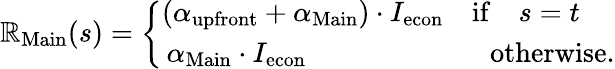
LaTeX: \mathbb{R}_{\mathrm{{Main}}}(s)=\left\{ \begin{array}{ll}{(\alpha_{\mathrm{upfront}}+\alpha_{\mathrm{Main}})\cdot I_{\mathrm{econ}}\quad\mathrm{if}\quad s=t}\\ {\, \alpha_{\mathrm{Main}}\cdot I_{\mathrm{econ}}\quad\quad\quad\quad\quad\quad\, \, \, \mathrm{otherwise}.}\end{array}\right.